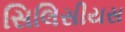
સિલિસીયસ